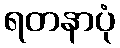
ရတနာပုံ